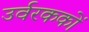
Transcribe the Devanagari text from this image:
उर्वरककों